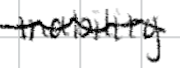
Text: inability
Cross-out: mix
Writing tool: digital_black